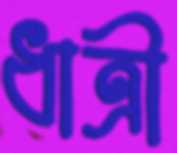
ধাত্রী